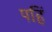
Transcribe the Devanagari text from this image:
पहिं